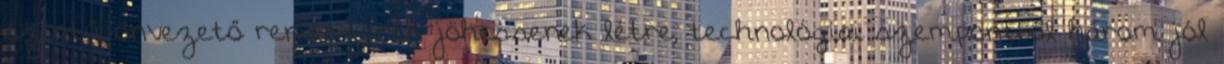
szintű önvezető rendszerek jöhessenek létre, technológiai szempontból három jól